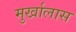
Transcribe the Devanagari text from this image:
मुर्खालास